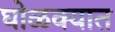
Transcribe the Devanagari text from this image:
घोळक्यात